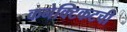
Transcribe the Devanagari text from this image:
कनेक्टिकटची